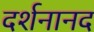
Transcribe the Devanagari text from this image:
दर्शनानद